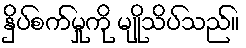
နှိပ်စက်မှုကို မျိုသိပ်သည်။